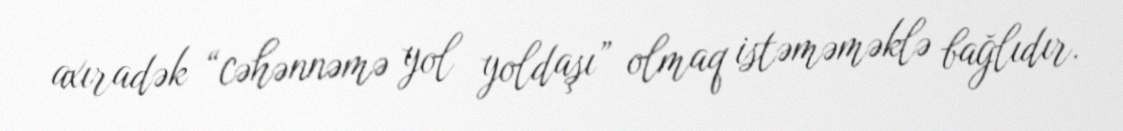
axıradək “cəhənnəmə yol yoldaşı” olmaq istəməməklə bağlıdır.